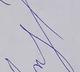
Signature authenticity: forged